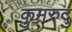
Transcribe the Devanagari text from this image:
कुमरुदु